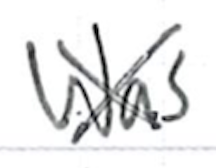
Text: was
Cross-out: mix
Writing tool: ballpoint